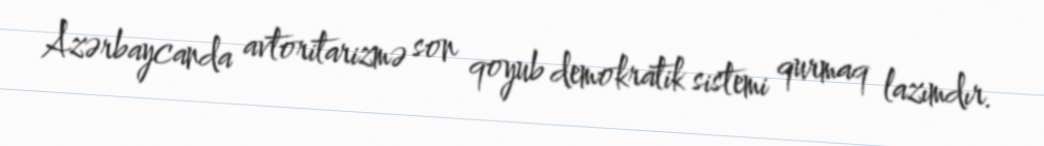
Azərbaycanda avtoritarizmə son qoyub demokratik sistemi qurmaq lazımdır.